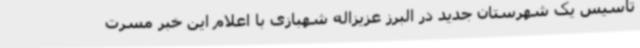
تأسیس یک شهرستان جدید در البرز عزیزاله شهبازی با اعلام این خبر مسرت